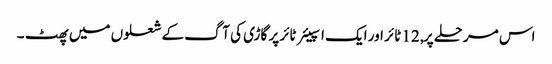
اس مرحلے پر, 12 ٹائر اور ایک اسپیئر ٹائر پر گاڑی کی آگ کے شعلوں میں پھٹ ۔